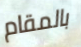
بالمقام